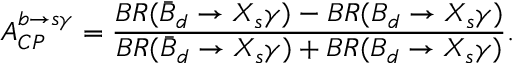
A _ { C P } ^ { b \rightarrow s \gamma } = { \frac { B R ( \bar { B } _ { d } \rightarrow X _ { s } \gamma ) - B R ( B _ { d } \rightarrow X _ { s } \gamma ) } { B R ( \bar { B } _ { d } \rightarrow X _ { s } \gamma ) + B R ( B _ { d } \rightarrow X _ { s } \gamma ) } } .